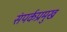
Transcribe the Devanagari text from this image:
संपर्कप्रमुख